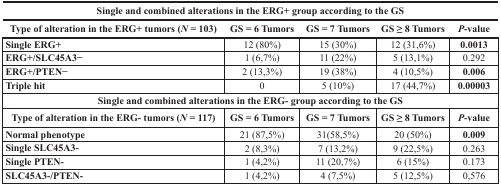
| <COLSPAN=5> Single and combined alterations in the ERG+ group according to the GS |
 | Type of alteration in the ERG+ tumors (N = 103) | GS = 6 Tumors | GS = 7 Tumors | GS ≥ 8 Tumors | P-value |
 | --- | --- | --- | --- | --- |
 | Single ERG+ | 12 (80%) | 15 (30%) | 12 (31,6%) | 0.0013 |
 | ERG+/SLC45A3− | 1 (6,7%) | 11 (22%) | 5 (13,1%) | 0.292 |
 | ERG+/PTEN− | 2 (13,3%) | 19 (38%) | 4 (10,5%) | 0.006 |
 | Triple hit | 0 | 5 (10%) | 17 (44,7%) | 0.00003 |
 | <COLSPAN=5> Single and combined alterations in the ERG- group according to the GS |
 | Type of alteration in the ERG- tumors (N = 117) | GS = 6 Tumors | GS = 7 Tumors | GS ≥ 8 Tumors | P-value |
 | Normal phenotype | 21 (87,5%) | 31(58,5%) | 20 (50%) | 0.009 |
 | Single SLC45A3- | 2 (8,3%) | 7 (13,2%) | 9 (22,5%) | 0.263 |
 | Single PTEN- | 1 (4,2%) | 11 (20,7%) | 6 (15%) | 0.173 |
 | SLC45A3-/PTEN- | 1 (4,2%) | 4 (7,5%) | 5 (12,5%) | 0,576 |